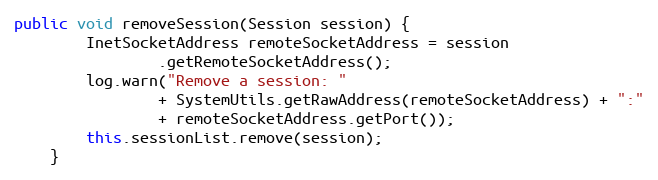
Language: Java
public void removeSession(Session session) {
		InetSocketAddress remoteSocketAddress = session
				.getRemoteSocketAddress();
		log.warn("Remove a session: "
				+ SystemUtils.getRawAddress(remoteSocketAddress) + ":"
				+ remoteSocketAddress.getPort());
		this.sessionList.remove(session);
	}